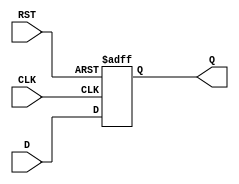
module synchronous_register (
    input wire [N-1:0] D,     // Data input
    input wire CLK,           // Clock input
    input wire RST,           // Reset input
    output reg [N-1:0] Q      // Data output
);
    parameter N = 8;          // Parameter to define the width of the register

    // Always block to describe the behavior of the register
    always @(posedge CLK or posedge RST) begin
        if (RST) begin
            Q <= 0;           // Reset the register to zero
        end else begin
            Q <= D;           // Capture the data input on the rising edge of the clock
        end
    end
endmodule